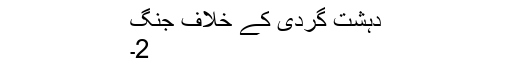
دہشت گردی کے خلاف جنگ
2۔